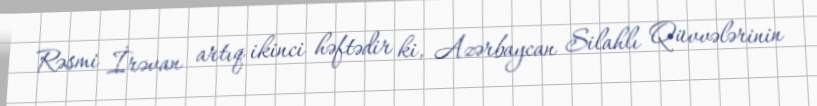
Rəsmi İrəvan artıq ikinci həftədir ki, Azərbaycan Silahlı Qüvvələrinin